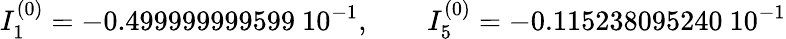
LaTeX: I_{1}^{(0)}=-0.499999999599\ 10^{-1},\qquad I_{5}^{(0)}=-0.115238095240\ 10^{-1}